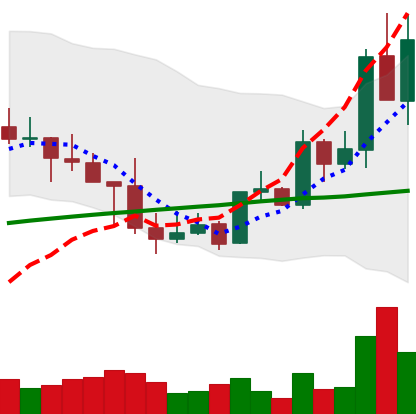
Ticker: LINK-USD
Chart end date: 2019-05-08
Forward return: 9.325%
Label: up_7plus